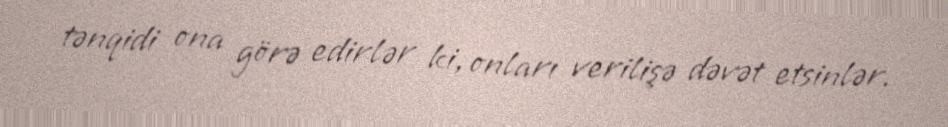
tənqidi ona görə edirlər ki, onları verilişə dəvət etsinlər.